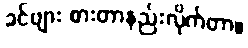
ခင်ဗျား စားတာနည်းလိုက်တာ။